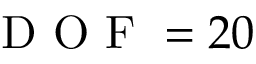
\mathrm { ~ D ~ O ~ F ~ } = 2 0